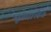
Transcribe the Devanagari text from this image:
भूतपालेन